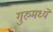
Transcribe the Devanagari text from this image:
गुरुमध्ये